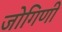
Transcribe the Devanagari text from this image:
जोगिणी